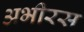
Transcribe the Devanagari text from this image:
अभीरस